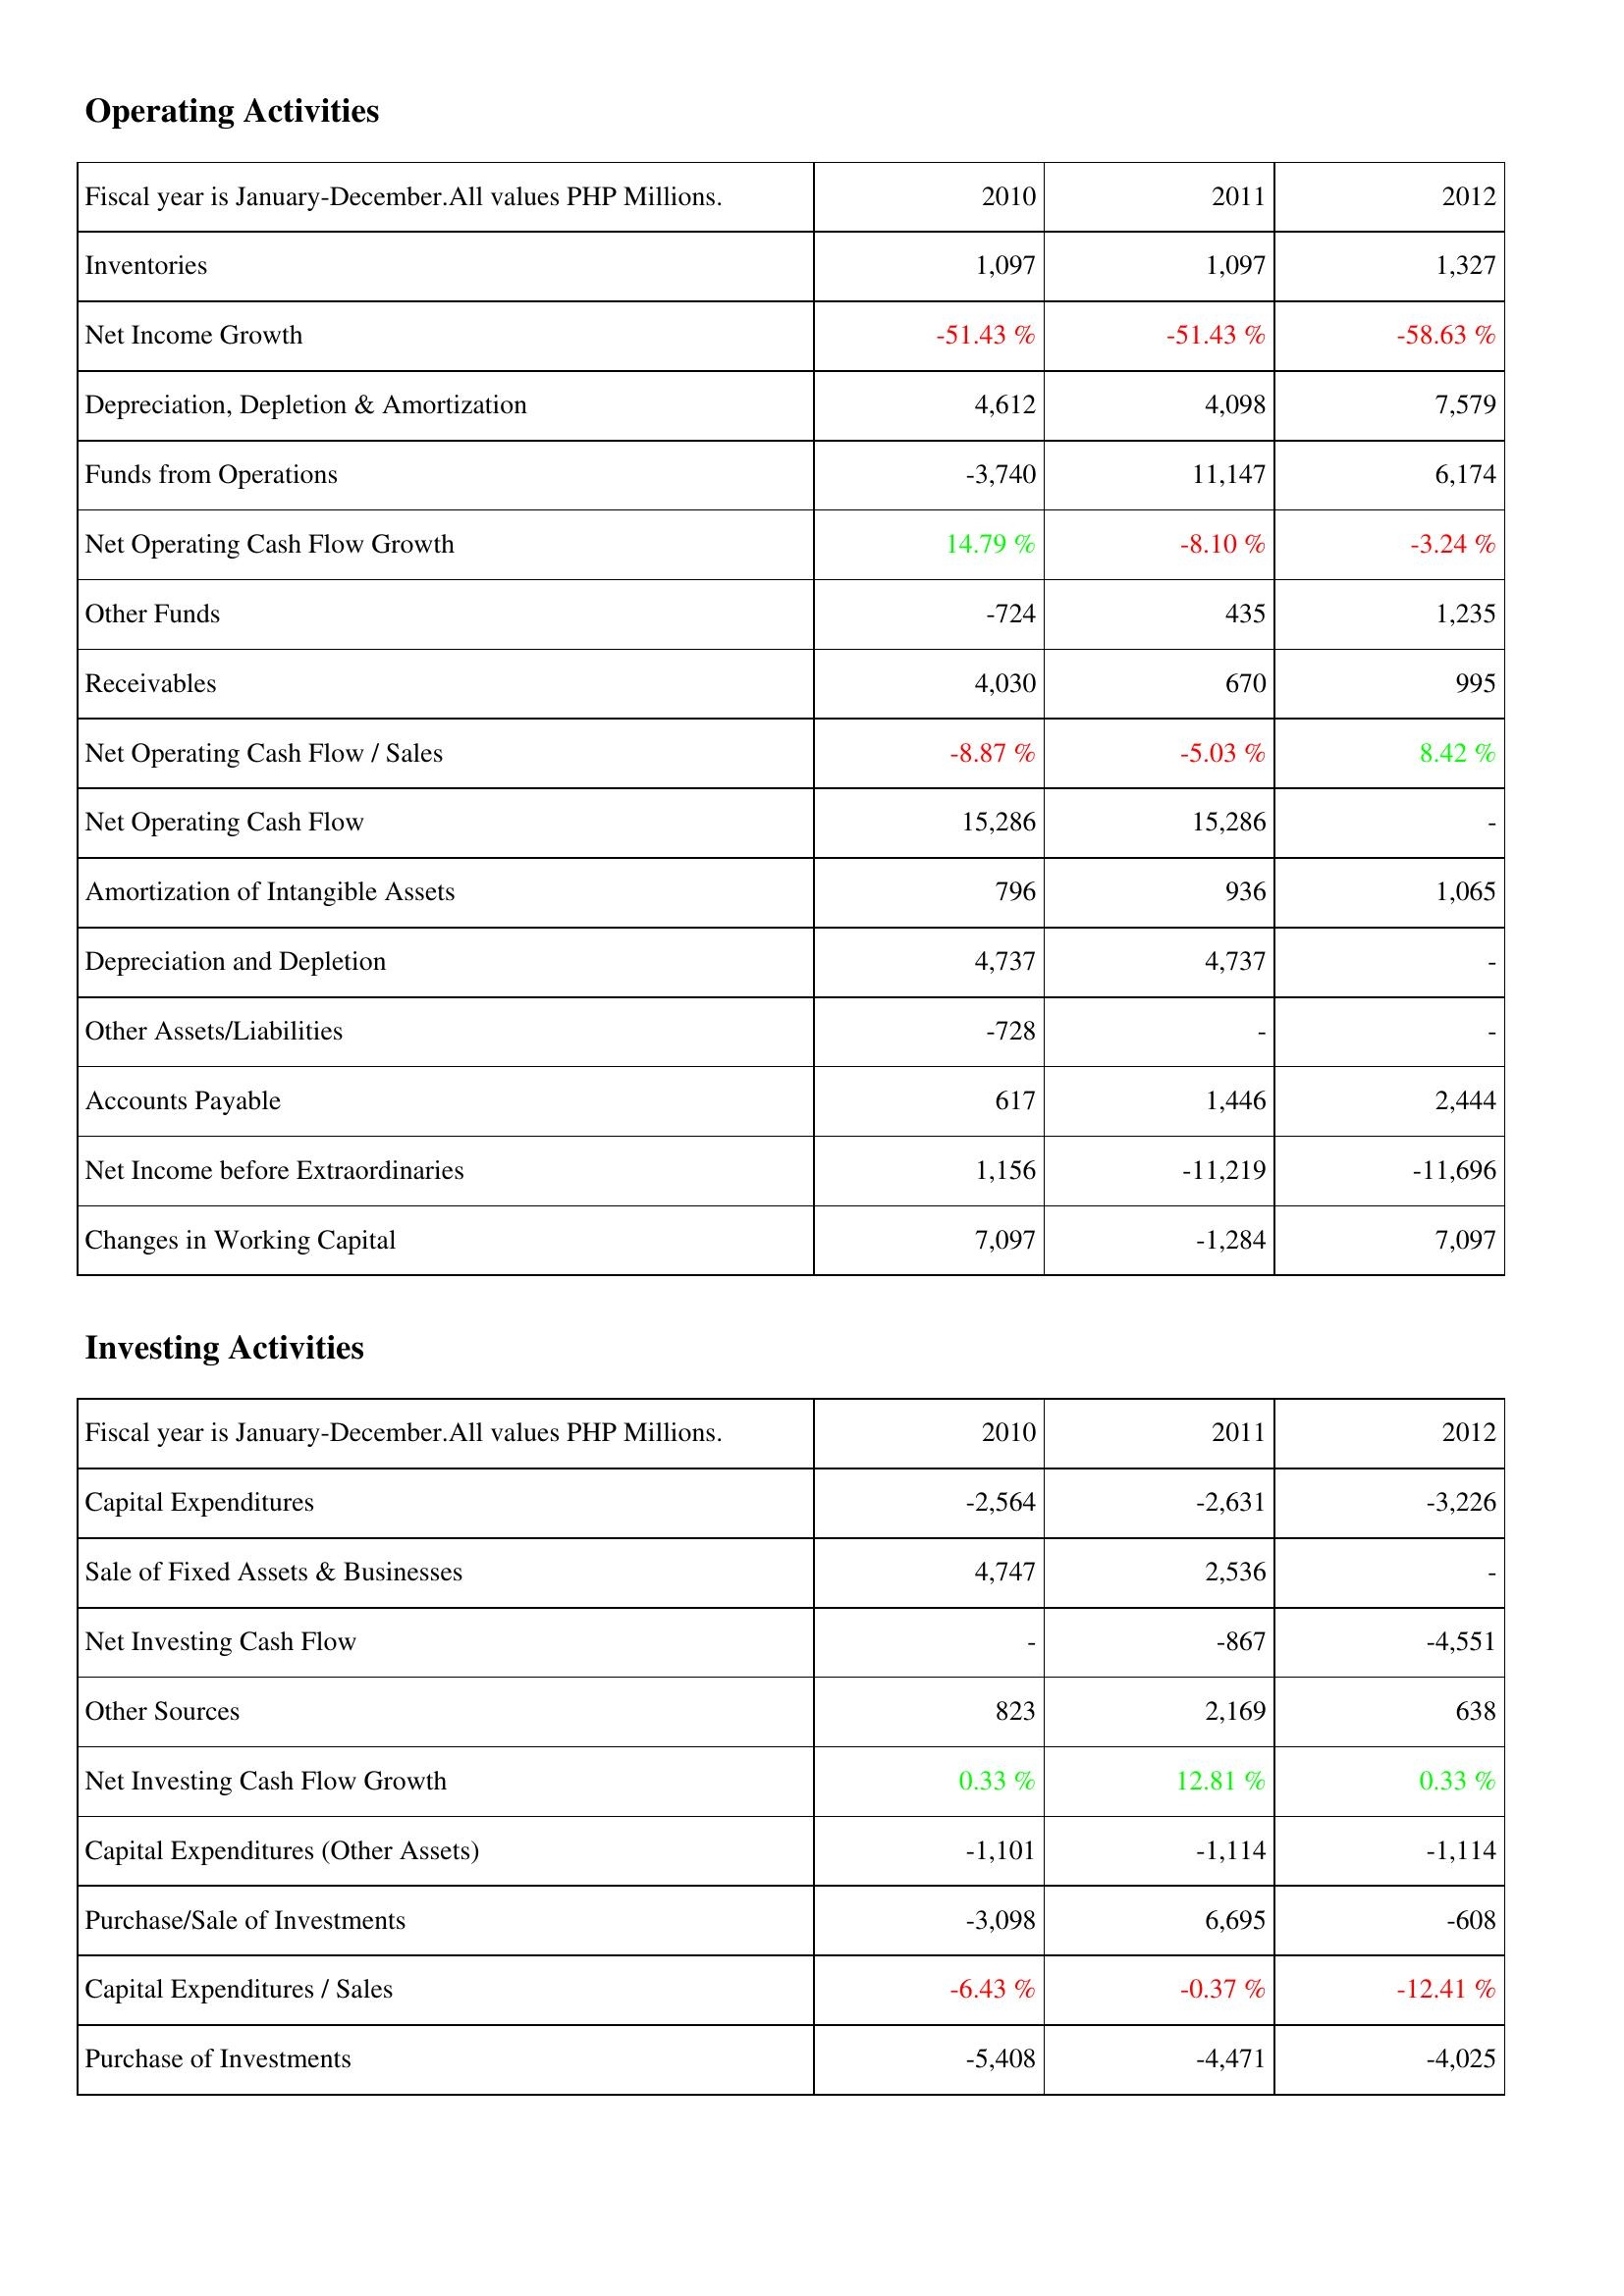
2010: Operating Activities: Inventories: 1,097
Net Income Growth: -51.43 %
Depreciation, Depletion & Amortization: 4,612
Funds from Operations: -3,740
Net Operating Cash Flow Growth: 14.79 %
Other Funds: -724
Receivables: 4,030
Net Operating Cash Flow / Sales: -8.87 %
Net Operating Cash Flow: 15,286
Amortization of Intangible Assets: 796
Depreciation and Depletion: 4,737
Other Assets/Liabilities: -728
Accounts Payable: 617
Net Income before Extraordinaries: 1,156
Changes in Working Capital: 7,097
Investing Activities: Capital Expenditures: -2,564
Sale of Fixed Assets & Businesses: 4,747
Net Investing Cash Flow: -
Other Sources: 823
Net Investing Cash Flow Growth: 0.33 %
Capital Expenditures (Other Assets): -1,101
Purchase/Sale of Investments: -3,098
Capital Expenditures / Sales: -6.43 %
Purchase of Investments: -5,408
2011: Operating Activities: Inventories: 1,097
Net Income Growth: -51.43 %
Depreciation, Depletion & Amortization: 4,098
Funds from Operations: 11,147
Net Operating Cash Flow Growth: -8.10 %
Other Funds: 435
Receivables: 670
Net Operating Cash Flow / Sales: -5.03 %
Net Operating Cash Flow: 15,286
Amortization of Intangible Assets: 936
Depreciation and Depletion: 4,737
Other Assets/Liabilities: -
Accounts Payable: 1,446
Net Income before Extraordinaries: -11,219
Changes in Working Capital: -1,284
Investing Activities: Capital Expenditures: -2,631
Sale of Fixed Assets & Businesses: 2,536
Net Investing Cash Flow: -867
Other Sources: 2,169
Net Investing Cash Flow Growth: 12.81 %
Capital Expenditures (Other Assets): -1,114
Purchase/Sale of Investments: 6,695
Capital Expenditures / Sales: -0.37 %
Purchase of Investments: -4,471
2012: Operating Activities: Inventories: 1,327
Net Income Growth: -58.63 %
Depreciation, Depletion & Amortization: 7,579
Funds from Operations: 6,174
Net Operating Cash Flow Growth: -3.24 %
Other Funds: 1,235
Receivables: 995
Net Operating Cash Flow / Sales: 8.42 %
Net Operating Cash Flow: -
Amortization of Intangible Assets: 1,065
Depreciation and Depletion: -
Other Assets/Liabilities: -
Accounts Payable: 2,444
Net Income before Extraordinaries: -11,696
Changes in Working Capital: 7,097
Investing Activities: Capital Expenditures: -3,226
Sale of Fixed Assets & Businesses: -
Net Investing Cash Flow: -4,551
Other Sources: 638
Net Investing Cash Flow Growth: 0.33 %
Capital Expenditures (Other Assets): -1,114
Purchase/Sale of Investments: -608
Capital Expenditures / Sales: -12.41 %
Purchase of Investments: -4,025